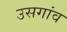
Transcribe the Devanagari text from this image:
उसगांव